Report on vaccination in Madras 1877-1894 - 1877-1894
Year: 1877
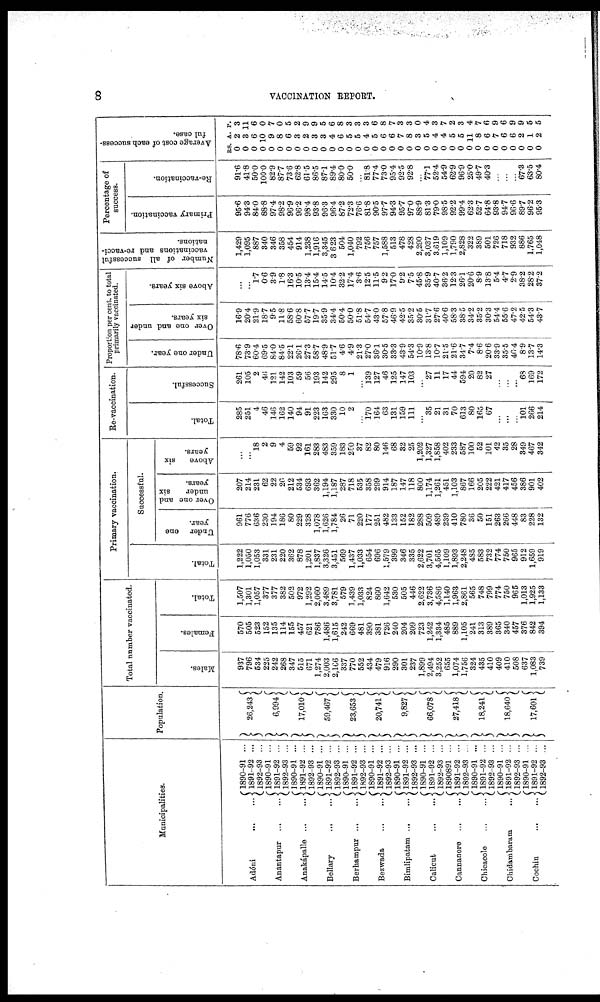
8
VACCINATION REPORT.
Municipalities.
Adóni
...
...
Anantapur
...
...
Anakápalle ...
...
Bellary
...
...
Berhampur
...
...
Bezwada
...
...
Bimlipatam
...
...
Calicut
...
...
Cannanore
...
...
Chicacole
...
...
Chidambaram ...
Cochin
...
...
1890-91 ...
1891-92 ...
1892-93 ...
1890-91 ...
1891-92 ...
1892-93 ...
1890-91 ...
1891-92 ...
1892-93 ...
1890-91 ...
1891-92 ...
1892-93 ...
1890-91 ...
1891-92 ...
1892-93 ...
1890-91 ...
1891-92 ...
1892-93 ...
1890-91 ...
1891-92 ...
1892-93 ...
1890-91 ...
1891-92 ...
1892-93 ...
1890891 ...
1891-92 ...
1892-93 ...
1890-91 ...
1891-92 ...
1892-93 ...
1890-91 ...
1891-92 ...
1892-93 ...
1890-91 ...
1891-92 ...
1892-93 ...
Population.
26,243
6,994
17,010
59,467
23,653
20,741
9,827
66,078
27,418
18,241
18,640
17,601
Total number vaccinated.
Males.
937
796
534
225
242
268
347
515
671
1,274
2,003
2,166
337
770
552
434
479
916
290
301
237
1,899
2,494
3,252
655
1,074
1,756
324
435
410
409
410
508
637
1,083
739
Females.
570
505
523
152
135
114
155
457
621
786
1,486
1,615
242
669
481
390
381
726
240
204
209
723
1,242
1,334
485
889
1,105
241
313
389
365
340
457
376
842
394
Total.
1,507
1,301
1,057
377
377
382
502
972
1,292
2,060
3,489
3,781
579
1,439
1,033
824
860
1,642
530
505
446
2,622
3,736
4,586
1,140
1,963
2,861
565
748
799
774
750
965
1,013
1,925
1,133
Primary vaccination.
Total.
1,222
1,050
1,053
331
231
220
362
878
1,201
1,837
3,326
3,451
569
1,437
1,033
654
696
1,579
399
346
335
2,622
3,701
4,565
1,109
1,893
2,248
485
583
732
774
750
965
912
1,659
919
Successful.
Under one
year.
961
776
636
230
194
186
80
229
328
1,078
1,626
1,784
26
71
220
177
251
482
133
152
182
288
509
489
239
410
780
36
50
151
263
266
448
83
228
132
Over one and
under
six
years.
207
214
231
62
22
26
212
534
693
362
1,194
1,187
287
718
535
358
299
914
187
147
118
800
1,174
1,261
451
1,103
867
166
205
222
421
417
456
386
901
402
Above
six
years.
...
...
18
2
9
4
59
92
161
283
483
359
183
250
37
82
80
146
68
32
25
1,202
1,327
1,858
402
233
587
100
52
101
42
35
28
349
467
342
Re-vaccination.
Total.
285
251
4
46
146
162
140
94
91
223
163
330
10
2
...
170
164
63
131
159
111
...
35
21
31
70
613
80
165
67
...
...
...
101
266
214
Successful.
261
105
2
46
121
142
103
59
56
193
142
295
8
1
...
139
127
46
125
147
103
...
27
11
17
44
594
20
82
27
...
...
... 68
169
172
Proportion per cent. to total
primarily vaccinated.
Under one year.
78.6
73.9
60.4
69.5
84.0
84.5
22.1
26.1
27.3
58.7
48.9
51.7
4.6
4.9
21.3
27.0
36.1
30.5
33.3
43.9
54.3
10.9
13.8
10.7
21.5
21.6
34.7
7.4
8.6
20.6
33.9
35.5
46.4
8.9
13.7
14.3
Over one and under
six years.
16.9
20.4
21.9
18.7
9.5
11.8
58.6
60.8
57.7
19.7
35.9
34.4
50.4
50.0
51.8
54.7
43.0
57.8
46.9
42.5
35.2
30.5
31.7
27.6
40.6
58.3
38.5
34.2
35.2
30.3
54.4
55.6
47.2
42.5
54.3
43.7
Above six years.
...
...
1.7
0.6
3.9
1.8
16.3
10.5
13.4
15.4
14.5
10.4
32.2
17.4
3.6
12.5
11.5
9.2
17.0
9.2
7.5
45.8
35.9
40.7
36.2
12.3
26.1
20.6
8.9
13.8
5.4
4.7
2.9
38.2
28.2
37.2
Number of all successful
vaccinations and re-vacci-
nations.
1,429
1,095
887
340
346
358
454
914
1,238
1,916
3,345
3,623
504
1,040
792
756
757
1,588
513
478
428
2,290
3,037
3,619
1,109
1,790
2,828
322
389
501
726
718
932
886
1,765
1,048
Percentage of
success.
Primary vaccination.
95.6
94.3
84.0
88.8
97.4
98.2
96.9
96.2
98.4
93.8
96.3
96.4
87.2
72.3
76.6
81.8
90.5
97.7
94.3
95.7
97.0
88.9
81.3
79.0
98.5
92.2
99.4
62.3
52.7
64.8
93.8
94.7
96.6
89.7
96.2
95.3
Re-vaccination.
91.6
41.8
50.0
100.0
82.9
87.7
73.6
62.8
61.5
86.5
87.1
89.4
80.0
50.0
...
81.8
77.4
73.0
95.4
92.5
92.8
...
77.1
52.4
54.9
62.9
96.9
25.0
49.7
40.3
...
...
...
67.3
63.5
80.4
Average cost of each success-
ful case.
RS.
0
0
0
0
0
0
0
0
0
0
0
0
0
0
0
0
0
0
0
0
0
0
0
0
0
0
0
0
0
0
0
0
0
0
0
0
A.
2
3
6
10
9
8
6
3
2
3
3
4
6
5
5
4
5
6
6
7
8
3
5
4
4
5
5
11
8
6
7
6
6
2
1
2
P.
3
11
6
0
7
0
5
2
9
9
5
6
8
3
3
3
6
8
7
3
3
0
4
3
7
2
3
4
7
6
9
6
9
9
5
5